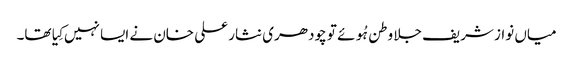
میاں نواز شریف جلا وطن ہُوئے تو چودھری نثار علی خان نے ایسا نہیں کِیا تھا۔